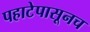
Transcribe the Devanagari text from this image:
पहाटेपासूनच